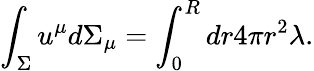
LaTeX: \int_{\Sigma}u^{\mu}d\Sigma_{\mu}=\int_{0}^{R}dr4\pi r^{2}\lambda.